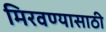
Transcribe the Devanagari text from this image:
मिरवण्यासाठी